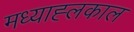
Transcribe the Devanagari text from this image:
मध्याह्लकाल